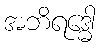
အဘိရဒ္ဓေါ